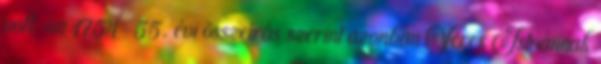
volt, az 1754-55. évi összeírás szerint azonban Veres Istvánnak